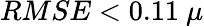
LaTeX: RMSE<0.11~\mu